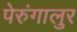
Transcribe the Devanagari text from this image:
पेरुंगालुर